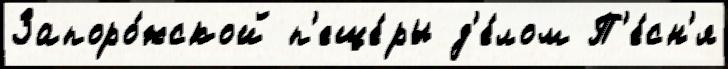
Запоро́жской п'еще́ры д'е́лом П'е́сн'я